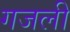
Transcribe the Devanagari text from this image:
गजली